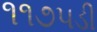
૧૧૭૫ડી